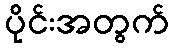
ပိုင်းအတွက်